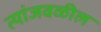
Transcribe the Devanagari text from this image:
त्यांजवळील